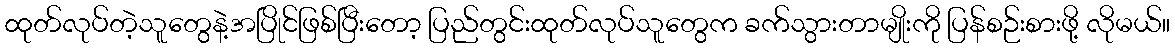
ထုတ်လုပ်တဲ့သူတွေနဲ့အပြိုင်ဖြစ်ပြီးတော့ ပြည်တွင်းထုတ်လုပ်သူတွေက ခက်သွားတာမျိုးကို ပြန်စဉ်းစားဖို့ လိုမယ်။